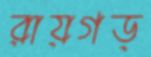
রায়গড়